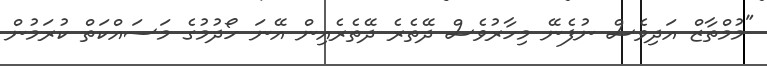
"މުމްތާޒް އަދިވެސް ނުފެނޭ މިހާރުވެސް ދޭތެރެ ދޭތެރެއިން އޭނަ ހޯދުމުގެ މަސައްކަތް ކުރަމުން